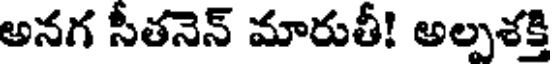
అనగ సీతనెన్ మారుతీ! అల్పశక్తి